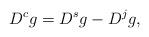
LaTeX: \begin{align*} D^{c} g = D^{s}g - D^{j} g, \end{align*}